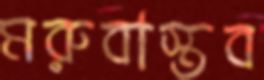
মরুবাস্তব